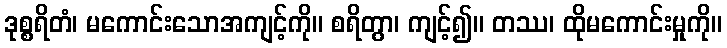
ဒုစ္စရိတံ၊ မကောင်းသောအကျင့်ကို။ စရိတွာ၊ ကျင့်၍။ တဿ၊ ထိုမကောင်းမှုကို။